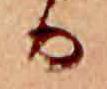
か